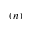
( n )